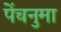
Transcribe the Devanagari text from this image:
पेंचनुमा